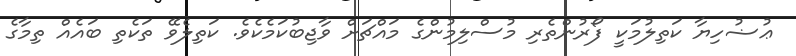
ޢުޟުހިޔާ ކަތިލުމަކީ ފޯރުންތެރި މުސްލިމުންގެ މައްޗަށް ވާޖިބުކަމެކެވެ. ކަތިލެވޭ ތަކެތި ބައެއް ތިމާގެ